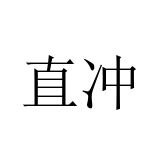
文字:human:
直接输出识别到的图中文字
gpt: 直冲